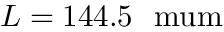
L = 1 4 4 . 5 ~ \mathrm { \ m u m }